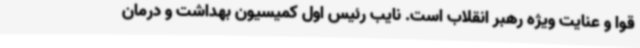
قوا و عنایت ویژه رهبر انقلاب است. نایب رئیس اول کمیسیون بهداشت و درمان